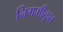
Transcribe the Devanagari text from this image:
निगमीकृत